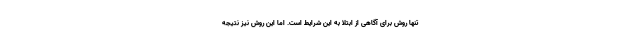
تنها روش برای آگاهی از ابتلا به این شرایط است. اما این روش نیز نتیجه